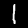
Digit: 1